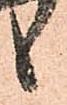
候